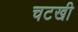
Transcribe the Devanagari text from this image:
चटखी